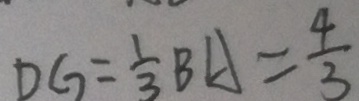
D G = \frac { 1 } { 3 } B A = \frac { 4 } { 3 }